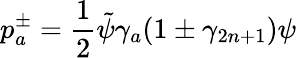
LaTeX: p_{a}^{\pm}=\frac{1}{2}\tilde{\psi}\gamma_{a}(1\pm\gamma_{2n+1})\psi